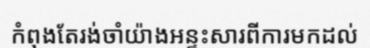
កំពុងតែរង់ចាំយ៉ាងអន្ទះសារពីការមកដល់